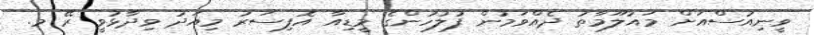
ވީނިއުސްއަށް މައުލޫމާތު ދެއްވަމުން ފުލުހުންގެ މީޑިއާ އޮފިސަރު މިއަދު ވިދާޅުވީ ރޭ މ.